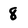
Character: 8